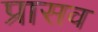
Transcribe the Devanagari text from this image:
प्रासव